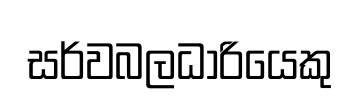
සර්වබලධාරියෙකු